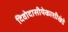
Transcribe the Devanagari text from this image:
दिवोदासीयेकाशीखंडे